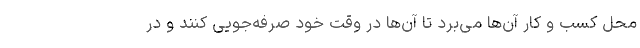
محل کسب ‌و کار آن‌ها می‌برد تا آن‌ها در وقت خود صرفه‌جویی کنند و در